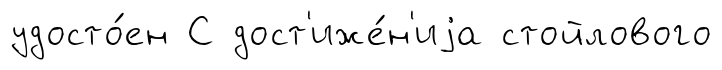
удосто́ен С дост'иже́н'иjа стойлового